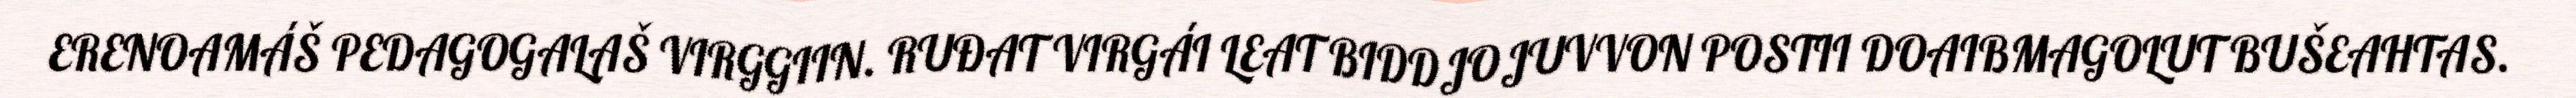
ERENOAMÁŠ PEDAGOGALAŠ VIRGGIIN. RUĐAT VIRGÁI LEAT BIDDJOJUVVON POSTII DOAIBMAGOLUT BUŠEAHTAS.